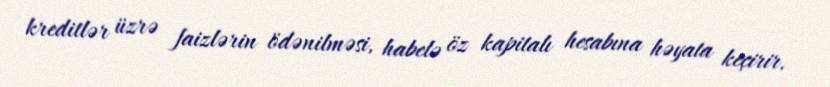
kreditlər üzrə faizlərin ödənilməsi, habelə öz kapitalı hesabına həyata keçirir.